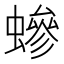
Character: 𧑁